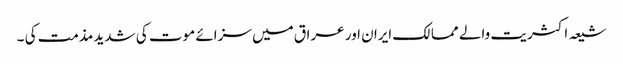
شیعہ اکثریت والے ممالک ایران اور عراق میں سزائے موت کی شدید مذمت کی ۔